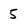
Character: 5